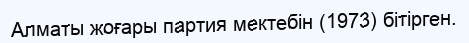
Алматы жоғары партия мектебін (1973) бітірген.